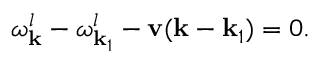
\omega _ { \bf k } ^ { l } - \omega _ { { \bf k } _ { 1 } } ^ { l } - { \bf v } ( { \bf k } - { \bf k } _ { 1 } ) = 0 .